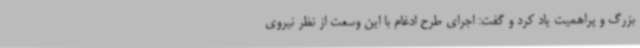
بزرگ و پراهمیت یاد کرد و گفت: اجرای طرح ادغام با این وسعت از نظر نیروی